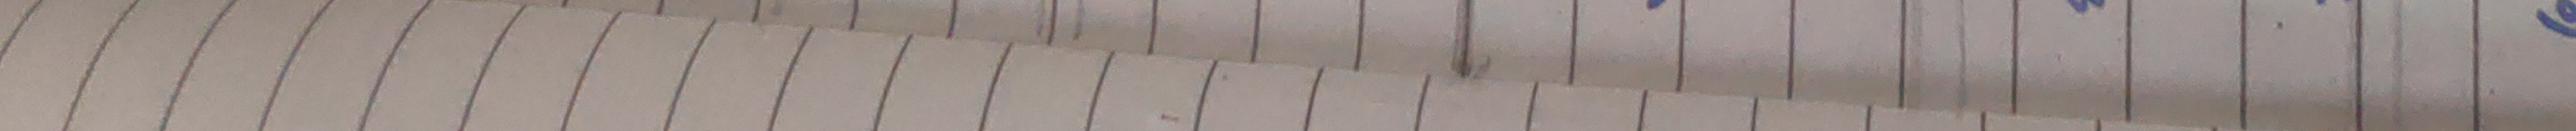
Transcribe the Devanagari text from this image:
नेपाल